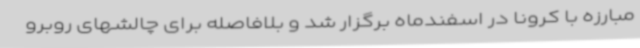
مبارزه با کرونا در اسفندماه برگزار شد و بلافاصله برای چالشهای روبرو